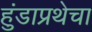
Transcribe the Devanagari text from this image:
हुंडाप्रथेचा